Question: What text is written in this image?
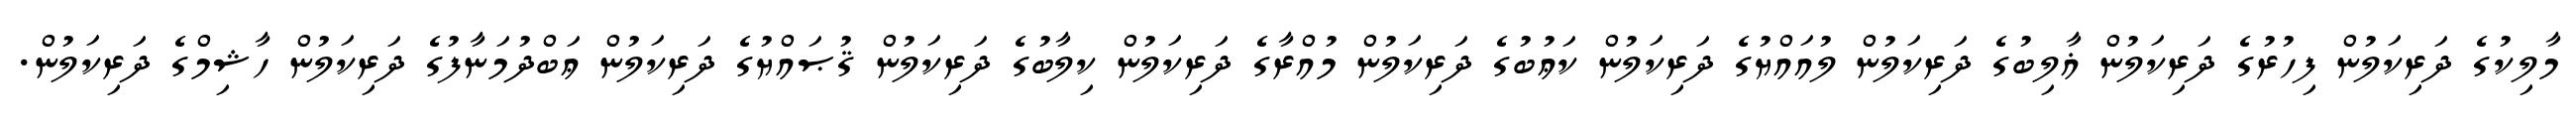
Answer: މާލިކުގެ ދަރިކަލުން ފިހުރުގެ ދަރިކަލުން ޣާލިބުގެ ދަރިކަލުން ލުއައްޔުގެ ދަރިކަލުން ކަޢުބުގެ ދަރިކަލުން މުއްރާގެ ދަރިކަލުން ކިލާބުގެ ދަރިކަލުން ޤުޞައްޔުގެ ދަރިކަލުން ޢަބްދުމަނާފުގެ ދަރިކަލުން ހާޝިމްގެ ދަރިކަލުން.